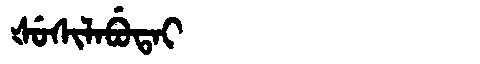
Manchu: ᡧᡠᠰᡳᠯᠠᠪᡠᡨᠠᡳ
Romanization: ŠUSILABUTAI